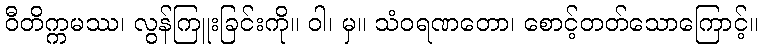
ဝီတိက္ကမဿ၊ လွန်ကြူးခြင်းကို။ ဝါ၊ မှ။ သံဝရဏတော၊ စောင့်တတ်သောကြောင့်။